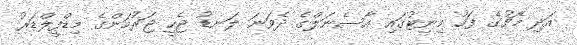
އަދި މެޗުގެ ފަހު މިނިޓުގައި އާސެނަލްގެ ދެވަނަ ލަނޑު ޖެހީ ޖަރުމަންގެ މިޑްފީލްޑަރު